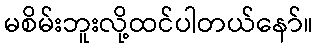
မစိမ်းဘူးလို့ထင်ပါတယ်နော်။